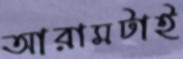
আরামটাই